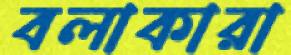
বলাকারা